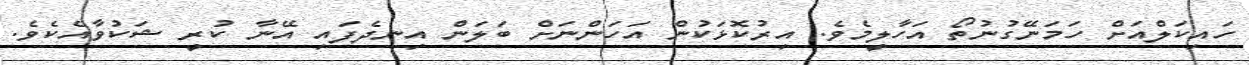
ހައިކަލްއަށް ހަމަނޭގުނުތޯ އަހާލީމެވެ. އިރުކޮޅަކުން އަހަންނަށް ބަލަން އިނދެފައި އޭނާ ކުރީ ޝަކުވާއެކެވެ.